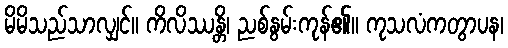
မိမိသည်သာလျှင်။ ကိလိဿန္တိ၊ ညစ်နွမ်းကုန်၏။ ကုသလံကတွာပန၊